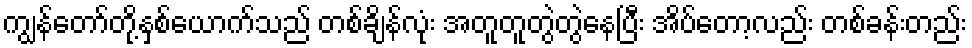
ကျွန်တော်တို့နှစ်ယောက်သည် တစ်ချိန်လုံး အတူတူတွဲတွဲနေပြီး အိပ်တော့လည်း တစ်ခန်းတည်း